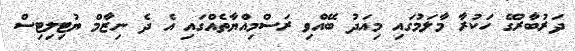
ދަރުބާރުގޭ ހަކުރާ މާލަމުގައި މިއަދު ބޭއްވި ރަސްމިއްޔާތެއްގައި އެ ދެ ނިޒާމް ޔުޓިލިޓިސް